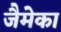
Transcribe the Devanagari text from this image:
जैमेका